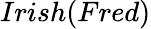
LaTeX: Irish(Fred)